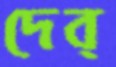
দেব্